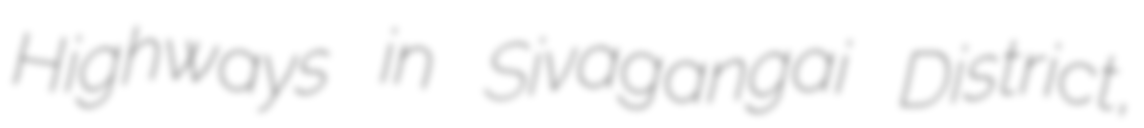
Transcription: Highways in Sivagangai District,